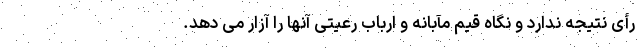
رأی نتیجه ندارد و نگاه قیم مآبانه و ارباب رعیتی آنها را آزار می دهد.